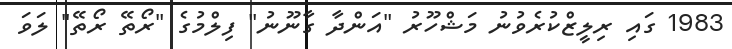
1983 ގައި ރިލީޒްކުރެވުނު މަޝްހޫރު "އަންދާ ގާނޫނު" ފިލްމުގެ "ރޯތޭ ރޯތޭ" ލަވަ